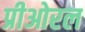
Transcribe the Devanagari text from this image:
प्रीओरल